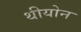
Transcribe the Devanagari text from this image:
थीयोन